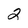
Character: 2